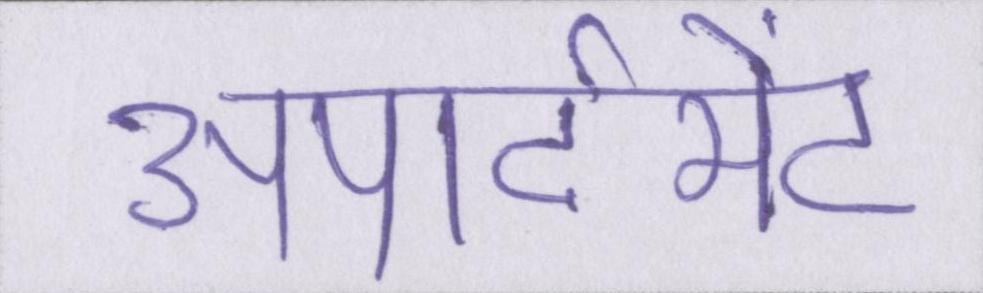
अपार्टमेंट